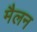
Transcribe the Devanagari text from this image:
मैलन